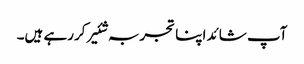
آپ شائد اپنا تجربہ شئیر کررہے ہیں۔